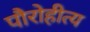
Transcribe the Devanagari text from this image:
पौरोहीत्य